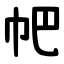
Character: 帊